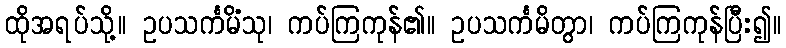
ထိုအရပ်သို့။ ဥပသင်္ကမိံသု၊ ကပ်ကြကုန်၏။ ဥပသင်္ကမိတွာ၊ ကပ်ကြကုန်ပြီး၍။